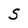
Character: S